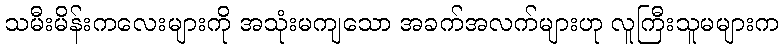
သမီးမိန်းကလေးများကို အသုံးမကျသော အခက်အလက်များဟု လူကြီးသူမများက